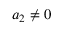
\qquad a _ { 2 } \neq 0